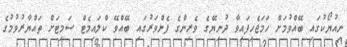
ނިއުޔޯކުގައި ބޭއްވުމަށް ހަމަޖެހިފައިވާ ދުނިޔޭގެ ވެރިންގެ ފެންވަރުގައި ބޭއްވޭ ކްލައިމެޓް ސަމިޓަށް ތައްޔާރުވުމުގެ